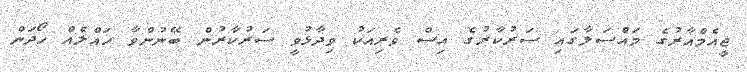
ޖީއެމްއާރުގެ މައްސަލާގައި ސަރުކާރުގެ އިސް ވެރިއަކު ވިދާޅުވީ ސަރުކާރުން ބޭނުންވާ ހައްލެއް ހޯދަން